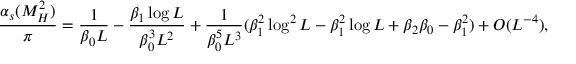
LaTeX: \frac { \alpha _ { s } ( M _ { H } ^ { 2 } ) } { \pi } = \frac { 1 } { \beta _ { 0 } L } - \frac { \beta _ { 1 } \log L } { \beta _ { 0 } ^ { 3 } L ^ { 2 } } + \frac { 1 } { \beta _ { 0 } ^ { 5 } L ^ { 3 } } ( \beta _ { 1 } ^ { 2 } \log ^ { 2 } L - \beta _ { 1 } ^ { 2 } \log L + \beta _ { 2 } \beta _ { 0 } - \beta _ { 1 } ^ { 2 } ) + O ( L ^ { - 4 } ) ,